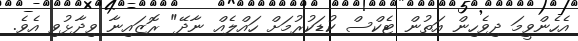
އެހެންވީމަ ދިވެހިން އަތުން ޓެކްސް ކުޑަކުރުމަށް ހައްލެއް ނާދޭ" ރޮޒައިނާ ވިދާޅުވި އެވެ.